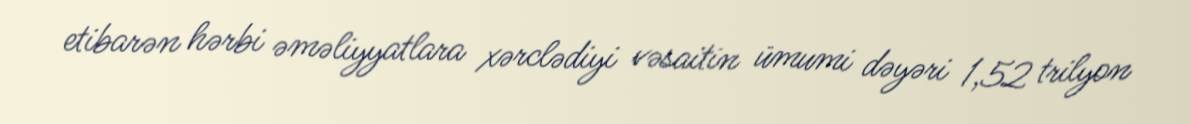
etibarən hərbi əməliyyatlara xərclədiyi vəsaitin ümumi dəyəri 1,52 trilyon